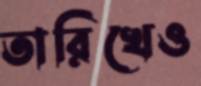
তারিখেও